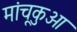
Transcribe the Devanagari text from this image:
मांचूकुओ